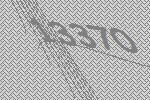
13370